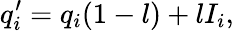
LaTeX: q_{i}^{\prime}=q_{i}(1-l)+lI_{i},